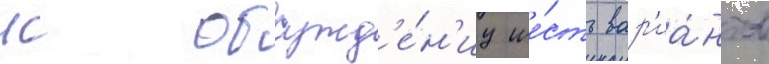
к обсужд'е́н'иу ше́сть вар'иа́нтов